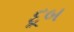
દૂબ